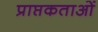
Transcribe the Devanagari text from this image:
प्राप्तकताओं